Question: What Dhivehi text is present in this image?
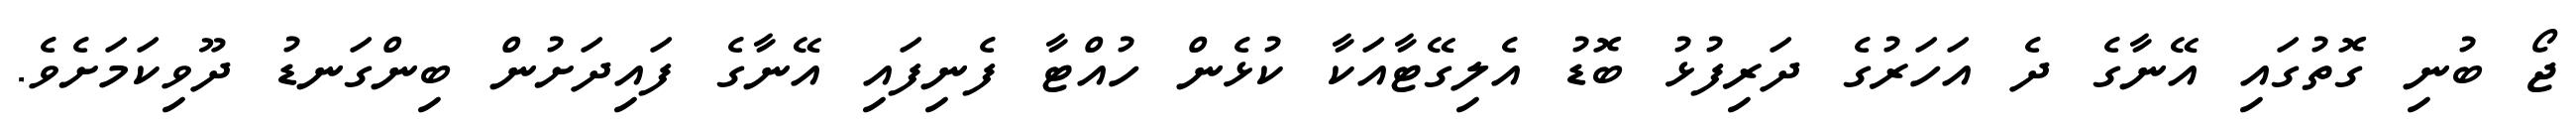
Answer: ޖޯ ބުނި ގޮތުގައި އޭނާގެ ދެ އަހަރުގެ ދަރިފުޅު ބޮޑު އެލިގޭޓާއަކާ ކުޅެން ހުއްޓާ ފެނިފައި އޭނާގެ ފައިދަށުން ބިންގަނޑު ދޫވިކަމަށެވެ.